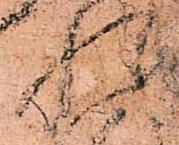
惶